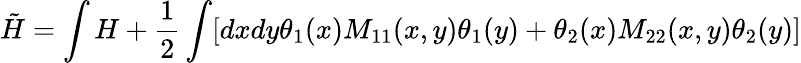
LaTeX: \tilde{H}=\int H+{\frac{1}{2}}\int[dxdy\theta_{1}(x)M_{11}(x,y)\theta_{1}(y)+\theta_{2}(x)M_{22}(x,y)\theta_{2}(y)]